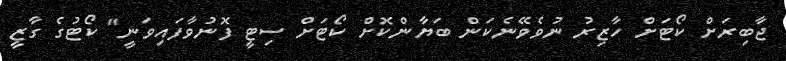
ޖާބިރަށް ކޯޓަށް ހާޒިރު ނުވެވޭނެކަން ބަޔާންކޮށް ކޯޓަށް ސިޓީ ފޮނުވާފައިވަނީ" ކޯޓުގެ ގާޒީ